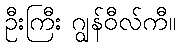
ဦးကြီး ဂျွန်ဝီလ်ကီ။